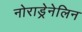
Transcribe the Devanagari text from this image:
नोराड्रेनेलिन